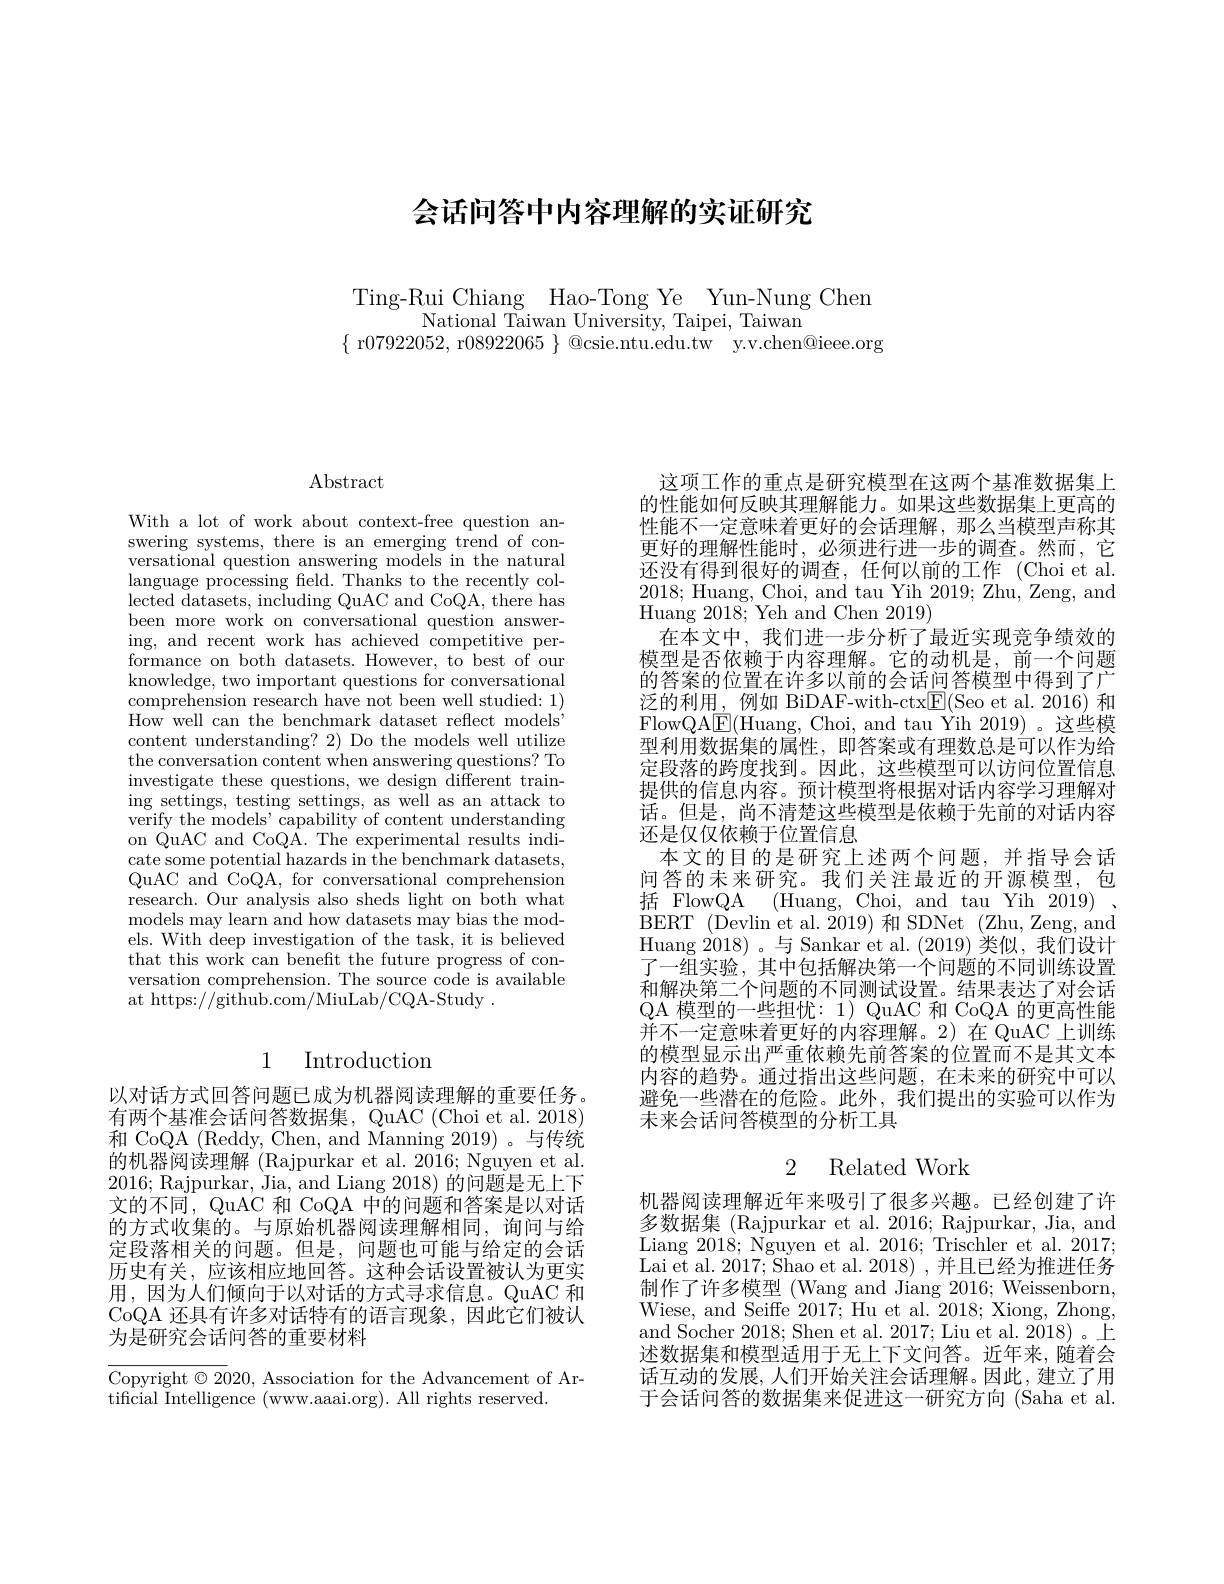
# 会话问答中内容理解的实证研究

Ting-Rui Chiang Hao-Tong Ye Yun-Nung Chen
$\bar{\text{National Taiwan University, Taipei, Taiwan}}$
$\{$ r07922052, r$08922065\}$ @csie.ntu.edu.tw y.v.chen@ieee.org

# Abstract

With a lot of work about context-free question answering systems, there is an emerging trend of conversational question answering models in the natural language processing feld. Thanks to the recently collected datasets, including QuAC and CoQA, there has been more work on conversational question answering, and recent work has achieved competitive performance on both datasets. However, to best of our knowledge, two important questions for conversational comprehension research have not been well studied: 1) How well can the benchmark dataset reflect models" content understanding? 2) Do the models well utilize the conversation content when answering questions? To investigate these questions, we design different training settings, testing settings, as well as an attack to verify the models' capability of content understanding on QuAC and CoQA. The experimental results indicate some potential hazards in the benchmark datasets, QuAC and CoQA, for conversational comprehension research. Our analysis also sheds light on both what models may learn and how datasets may bias the models. With deep investigation of the task, it is believed that this work can benefit the future progress of conversation comprehension. The source code is available at https://github.com/MiuLab/CQA-Study~.

# 1 Introduction

以对话方式回答问题已成为机器阅读理解的重要任务。有两个基准会话问答数据集，QuAC (Choi et al. 2018) 和 CoQA (Reddy, Chen, and Manning 2019)。与传统的机器阅读理解 (Rajpurkar et al. 2016; Nguyen et al. 2016; Rajpurkar, Jia, and Liang 2018) 的问题是无上下文的不同，QuAC 和 CoQA 中的问题和答案是以对话的方式收集的。与原始机器阅读理解相同，询问与给定段落相关的问题。但是，问题也可能与给定的会话历史有关，应该相应地回答。这种会话设置被认为更实用，因为人们倾向于以对话的方式寻求信息。QuAC 和CoQA 还具有许多对话特有的语言现象，因此它们被认为是研究会话问答的重要材料

Copyright $\odot2020$, Association for the Advancement of Ar-
tificial Intelligence (www.aaai.org). All rights reserved.

这项工作的重点是研究模型在这两个基准数据集上的性能如何反映其理解能力。如果这些数据集上更高的性能不一定意味着更好的会话理解，那么当模型声称其更好的理解性能时，必须进行进一步的调查。然而，它还没有得到很好的调查，任何以前的工作(Choi et al. 2018; Huang, Choi, and tau Yih 2019; Zhu, Zeng, and Huang 2018;Yeh and Chen 2019)
在本文中，我们进一步分析了最近实现竞争绩效的模型是否依赖于内容理解。它的动机是，前一个问题的答案的位置在许多以前的会话问答模型中得到了广泛的利用，例如 BiDAF-with-ctx$\boxed{\mathrm{F}}($Seo et al.2016)和FlowQA$\underline{\mathrm{E}}($Huang, Choi, and tau Yih 2019)。这些模型利用数据集的属性，即答案或有理数总是可以作为给定段落的跨度找到。因此，这些模型可以访问位置信息提供的信息内容。预计模型将根据对话内容学习理解对话。但是，尚不清楚这些模型是依赖于先前的对话内容还是仅仅依赖于位置信息
本文的目的是研究上述两个问题，并指导会话问答的未来研究。我们关注最近的开源模型，包括 FlowQA (Huang, Choi, and tau Yih 2019). BERT (Devlin et al. 2019) 和 SDNet (Zhu, Zeng, and Huang 2018)。与 Sankar et al.(2019)类似，我们设计了一组实验，其中包括解决第一个问题的不同训练设置和解决第二个问题的不同测试设置。结果表达了对会话QA 模型的一些担忧：1) QuAC 和 CoQA 的更高性能并不一定意味着更好的内容理解。2)在 QuAC 上训练的模型显示出严重依赖先前答案的位置而不是其文本内容的趋势。通过指出这些问题，在未来的研究中可以避免一些潜在的危险。此外，我们提出的实验可以作为未来会话问答模型的分析工具
2 Related Work

机器阅读理解近年来吸引了很多兴趣。已经创建了许多数据集 (Rajpurkar et al. 2016; Rajpurkar, Jia, and Liang 2018; Nguyen et al. 2016; Trischler et al. 2017; Lai et al. 2017; Shao et al. 2018) , 并且已经为推进任务制作了许多模型 (Wang and Jiang 2016; Weissenborn, Wiese, and Seiffe 2017; Hu et al. 2018; Xiong, Zhong, and Socher 2018; Shen et al. 2017; Liu et al. 2018)。上述数据集和模型适用于无上下文问答。近年来，随着会话互动的发展，人们开始关注会话理解。因此，建立了用于会话问答的数据集来促进这一研究方向(Saha et al.